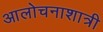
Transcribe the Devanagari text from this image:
आलोचनाशात्री